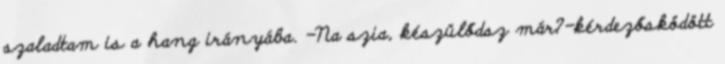
szaladtam is a hang irányába. -Na szia, készülődsz már?-kérdezősködött